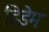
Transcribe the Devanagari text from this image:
डिडेम